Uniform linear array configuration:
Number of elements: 12
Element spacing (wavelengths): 1
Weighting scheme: exponential
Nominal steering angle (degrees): -15
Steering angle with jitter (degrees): -15.721
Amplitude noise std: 0.05
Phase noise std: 0.05

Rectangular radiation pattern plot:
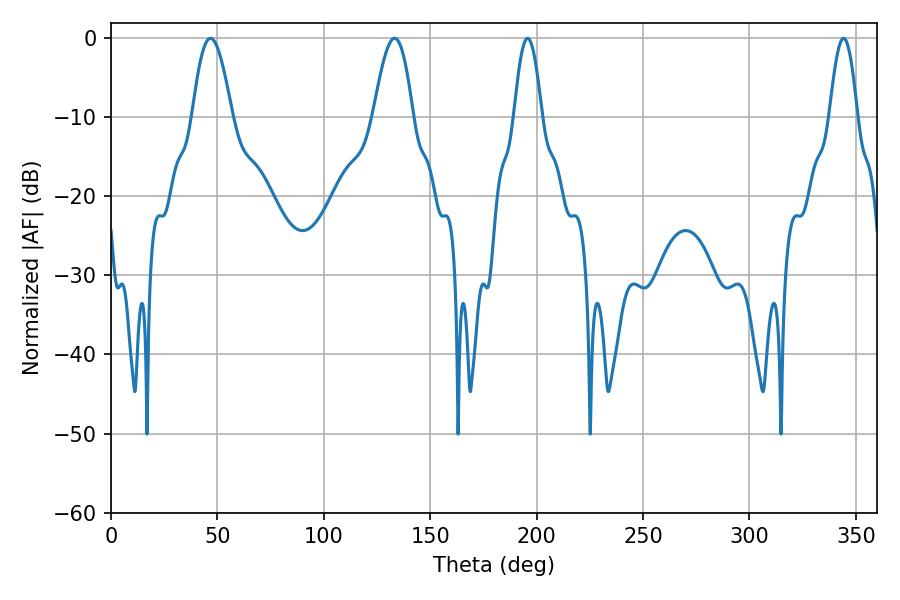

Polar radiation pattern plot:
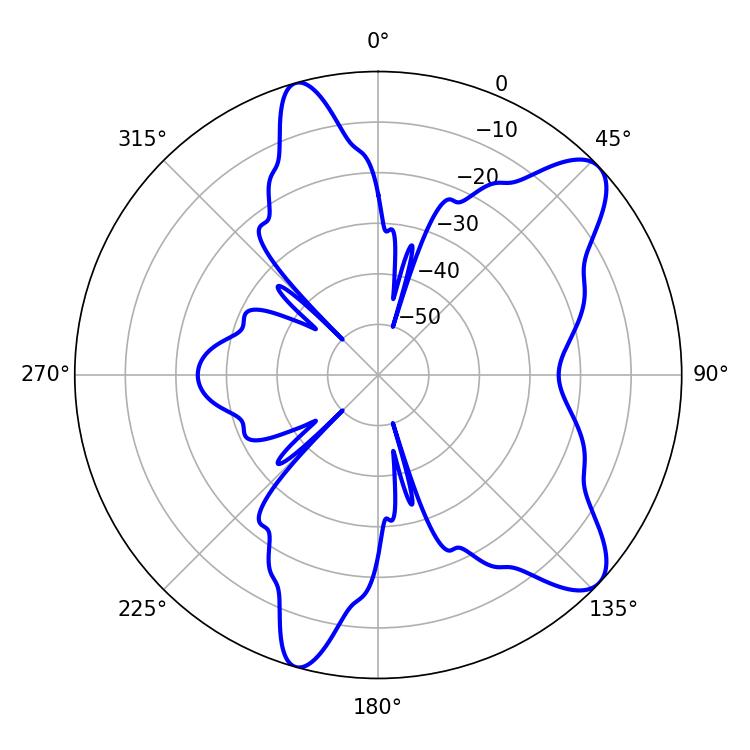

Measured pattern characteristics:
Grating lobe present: TRUE
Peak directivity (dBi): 9.52
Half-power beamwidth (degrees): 10.08
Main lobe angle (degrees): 46.8